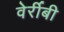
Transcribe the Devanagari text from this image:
वेर्रीबी